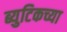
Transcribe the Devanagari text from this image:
ब्युटिकच्या